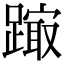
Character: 𨄒